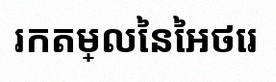
រកតម្លៃនៃអថេរ